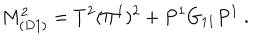
M _ { ( D 1 ) } ^ { 2 } = T ^ { 2 } ( \Pi ^ { 1 } ) ^ { 2 } + P ^ { 1 } G _ { 1 1 } P ^ { 1 } \ .